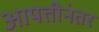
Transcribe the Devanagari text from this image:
आपत्तीनंतर